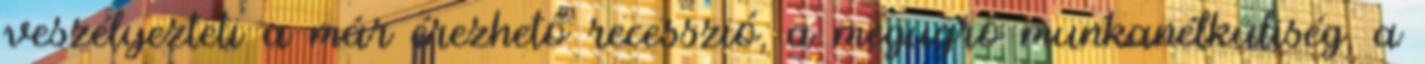
veszélyezteti a már érezhető recesszió, a megugró munkanélküliség, a